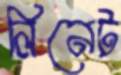
লিনেট